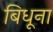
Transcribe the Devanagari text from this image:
बिधूना